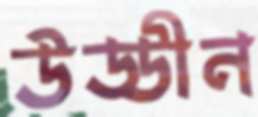
উড্ডীন